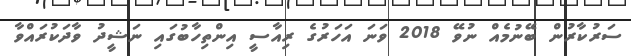
ސަރުކާރުން ބޭނުމެއް ނުވޭ 2018 ވަނަ އަހަރުގެ ރިއާސީ އިންތިހާބުގައި ނަޝީދު ވާދަކުރައްވާ